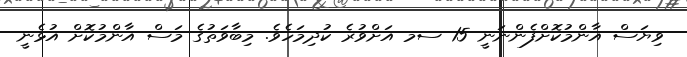
ވިޔަސް އާންމުކޮށްފެންނަނީ 15 ސމ އަށްވުރެ ކުދިމަހެވެ. މިބާވަތުގެ މަސް އާންމުކޮށް އުޅެނީ